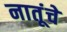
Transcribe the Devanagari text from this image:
नातूंचे